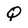
Character: Q